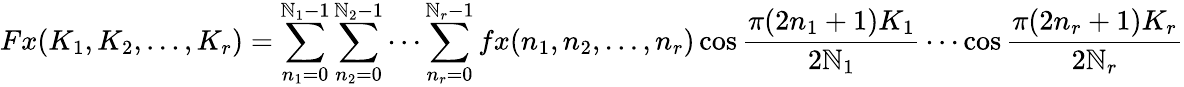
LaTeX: Fx(K_{1},K_{2},\ldots,K_{r})=\sum_{n_{1}=0}^{\mathbb{N}_{1}-1}\sum_{n_{2}=0}^{\mathbb{N}_{2}-1}\cdots\sum_{n_{r}=0}^{\mathbb{N}_{r}-1}fx(n_{1},n_{2},\ldots,n_{r})\cos{\frac{{\pi(2n_{1}+1)K_{1}}}{{2\mathbb{N}_{1}}}}\cdots\cos{\frac{{\pi(2n_{r}+1)K_{r}}}{{2\mathbb{N}_{r}}}}